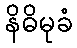
နိဓိမုခံ